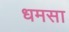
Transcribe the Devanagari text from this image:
धमसा